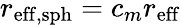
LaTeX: r_{\mathrm{eff,sph}}=c_{m}r_{\mathrm{eff}}